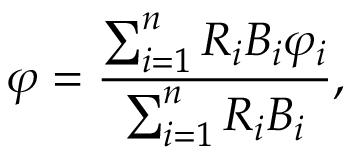
\varphi = \frac { \sum _ { i = 1 } ^ { n } R _ { i } B _ { i } \varphi _ { i } } { \sum _ { i = 1 } ^ { n } R _ { i } B _ { i } } ,